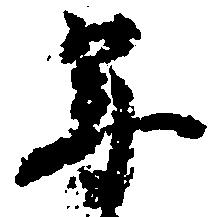
年